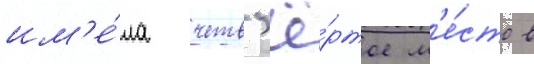
им'е́ла четв'ё́ртое м'е́сто в